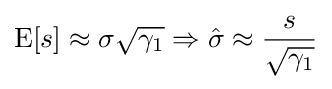
{\rm {E}}[s]\approx \sigma {\sqrt {\gamma _{1}}}\Rightarrow {\hat {\sigma }}\approx {\frac {s}{\sqrt {\gamma _{1}}}}